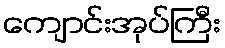
ကျောင်းအုပ်ကြီး